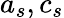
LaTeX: a_{s},c_{s}